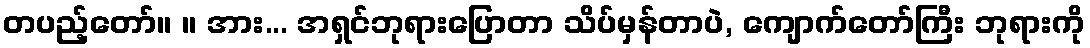
တပည့်တော်။ ။ အား... အရှင်ဘုရားပြောတာ သိပ်မှန်တာပဲ, ကျောက်တော်ကြီး ဘုရားကို